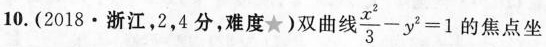
10.(2018·浙江，2，4分，难度★)双曲线于 $$\frac { x ^ { 2 } } { 3 } - y ^ { 2 } = 1$$ 的焦点坐